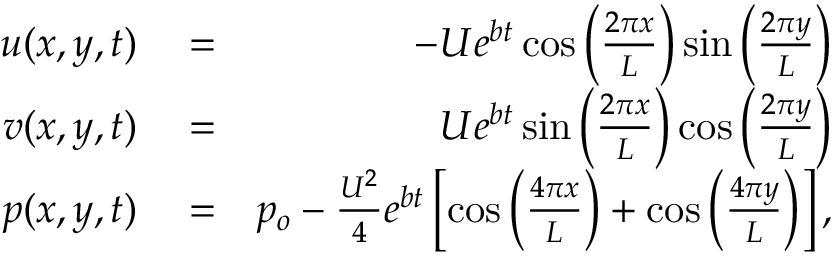
\begin{array} { r l r } { u ( x , y , t ) } & { { } = } & { - U e ^ { b t } \cos { \left( \frac { 2 \pi x } { L } \right) } \sin { \left( \frac { 2 \pi y } { L } \right) } } \\ { v ( x , y , t ) } & { { } = } & { U e ^ { b t } \sin { \left( \frac { 2 \pi x } { L } \right) } \cos { \left( \frac { 2 \pi y } { L } \right) } } \\ { p ( x , y , t ) } & { { } = } & { p _ { o } - \frac { U ^ { 2 } } { 4 } e ^ { b t } \left[ \cos { \left( \frac { 4 \pi x } { L } \right) } + \cos { \left( \frac { 4 \pi y } { L } \right) } \right] , } \end{array}